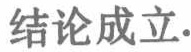
结论成立.